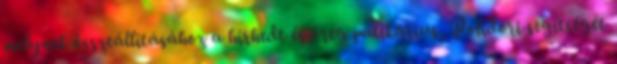
melynek összeállításához a hírhedt és öreg patikárius, Polidori segítségét